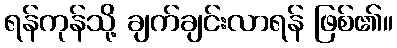
ရန်ကုန်သို့ ချက်ချင်းလာရန် ဖြစ်၏။